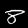
Digit: 8